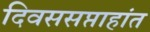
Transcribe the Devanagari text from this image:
दिवससप्ताहांत